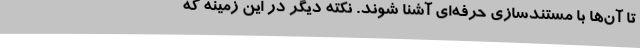
تا آن‌ها با مستندسازی حرفه‌ای آشنا شوند. نکته دیگر در این زمینه که